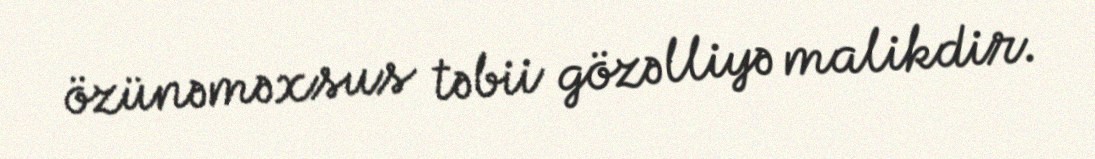
özünəməxsus təbii gözəlliyə malikdir.